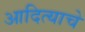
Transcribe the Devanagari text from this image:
आदित्याचे